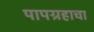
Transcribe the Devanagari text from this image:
पापग्रहाचा